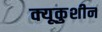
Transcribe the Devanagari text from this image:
क्यूकुशीन